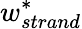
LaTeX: w_{strand}^{*}